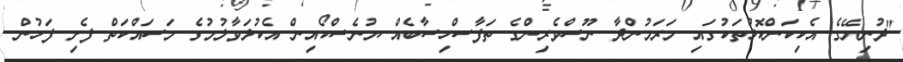
"ދުނިޔޭގެ އެކިކަންކޮޅުތަކުގައި މަރަމުންދާ ނޫސްވެރިންގެ ތަފާސްހިސާބެއް ޔުނެސްކޯއިން އެކުލަވާލުމުގެ މަސައްކަތް ފެށި ފަހުން